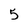
Character: 5